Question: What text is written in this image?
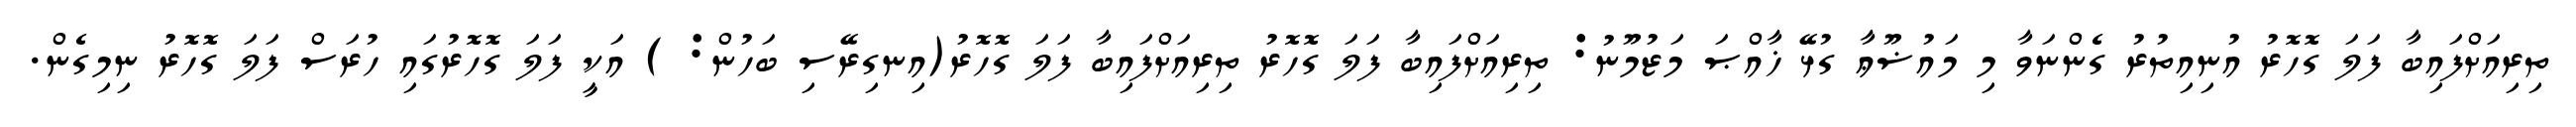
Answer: ތިރިއަށްފައިބާ ފަލަ ގޮހޮރު އުނިއިތުރު ގެންނަވާ މި މައުޟޫޢާ ގުޅޭ ޚާއްޞަ މަޒުމޫނު: ތިރިއަށްފައިބާ ފަލަ ގޮހޮރު ތިރިއަށްފައިބާ ފަލަ ގޮހޮރު(އިނގިރޭސި ބަހުން: ) އަކީ ފަލަ ގޮހޮރުގައި ހުރަސް ފަލަ ގޮހޮރު ނިމިގެން.